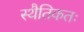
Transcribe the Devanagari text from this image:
स्थैतिकतः